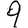
Digit: 9